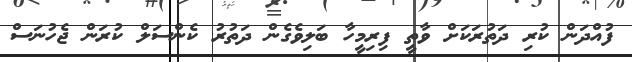
ފުއްދަން ކުރި ދަތުރަކަށް ވާތީ ފިރިމީހާ ބަލިވެގެން ދަތުރު ކެންސަލް ކުރަން ޖެހުނަސް